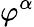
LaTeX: \varphi^{\alpha}